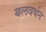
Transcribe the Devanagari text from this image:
बलवर्धन